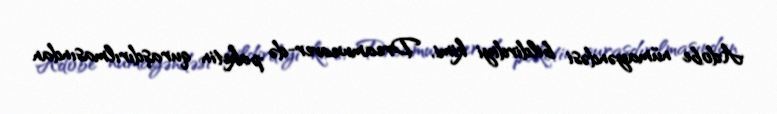
Adobe nümayəndəsi bildirdiyi kimi, Dreamweaver-də paketin quraşdırılmasından